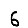
Digit: 6